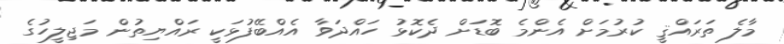
މާލެ ތަރައްޤީ ކުރުމަށް އެންމެ ބޮޑަށް ދެކޮޅު ހައްދަވާ އެއްބޭފުޅަކީ ރައްޔިތުން މަޖިލީހުގެ